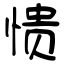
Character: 愦